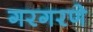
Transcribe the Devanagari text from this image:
गरगरणे